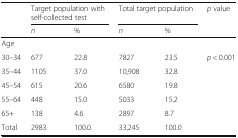
<table><thead><tr><td></td><td colspan="2"><b>Target population with self-collected test</b></td><td colspan="2"><b>Total target population</b></td><td><b><i>p</i> value</b></td></tr><tr><td></td><td><b><i>n</i></b></td><td><b>%</b></td><td><b><i>n</i></b></td><td><b>%</b></td><td></td></tr></thead><tbody><tr><td colspan="6">Age</td></tr><tr><td>30–34</td><td>677</td><td>22.8</td><td>7827</td><td>23.5</td><td><i>p</i> &lt; 0.001</td></tr><tr><td>35–44</td><td>1105</td><td>37.0</td><td>10,908</td><td>32.8</td><td></td></tr><tr><td>45–54</td><td>615</td><td>20.6</td><td>6580</td><td>19.8</td><td></td></tr><tr><td>55–64</td><td>448</td><td>15.0</td><td>5033</td><td>15.2</td><td></td></tr><tr><td>65+</td><td>138</td><td>4.6</td><td>2897</td><td>8.7</td><td></td></tr><tr><td>Total</td><td>2983</td><td>100.0</td><td>33,245</td><td>100.0</td><td></td></tr></tbody></table>